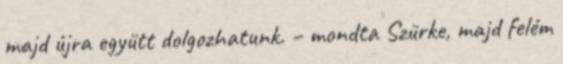
majd újra együtt dolgozhatunk. – mondta Szürke, majd felém